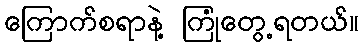
ကြောက်စရာနဲ့ ကြုံတွေ့ရတယ်။